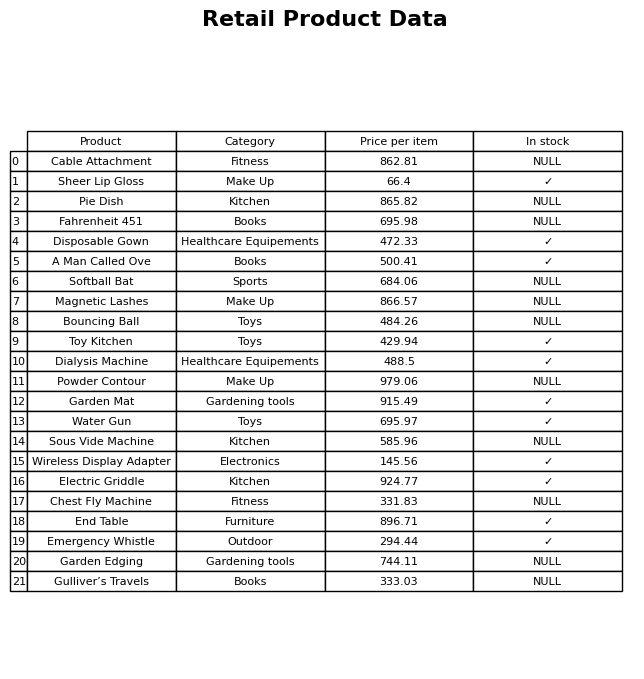
question: What is the price of the Sheer Lip Gloss?
answer: The price of Sheer Lip Gloss is 66.4.